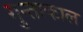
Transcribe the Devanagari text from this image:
गुन्ताकाल